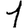
Digit: 1